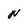
Character: N